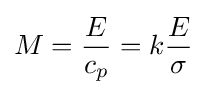
M={\frac {E}{c_{p}}}=k{\frac {E}{\sigma }}